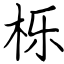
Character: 栎